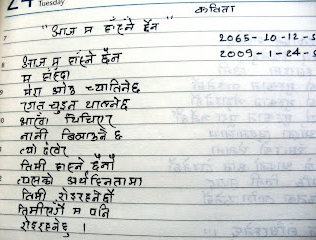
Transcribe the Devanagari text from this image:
आज म हाँस्ने छैनौं